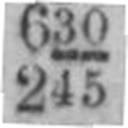
245